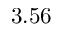
3 . 5 6